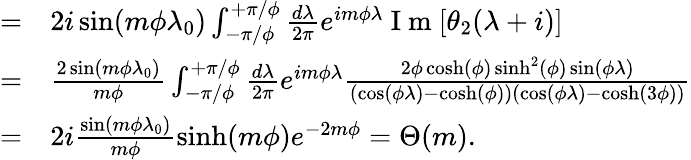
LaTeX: \begin{array}{rl}{=}&{{}2i\sin(m\phi\lambda_{0})\int_{-\pi/\phi}^{+\pi/\phi}\frac{d\lambda}{2\pi}e^{im\phi\lambda}\mathrm{~I~m~}[\theta_{2}(\lambda+i)]}\\ {=}&{{}\frac{2\sin(m\phi\lambda_{0})}{m\phi}\int_{-\pi/\phi}^{+\pi/\phi}\frac{d\lambda}{2\pi}e^{im\phi\lambda}\frac{2\phi\cosh(\phi)\sinh^{2}(\phi)\sin(\phi\lambda)}{(\cos(\phi\lambda)-\cosh(\phi))(\cos(\phi\lambda)-\cosh(3\phi))}}\\ {=}&{{}2i\frac{\sin(m\phi\lambda_{0})}{m\phi}\sinh(m\phi)e^{-2m\phi}=\Theta(m).}\end{array}